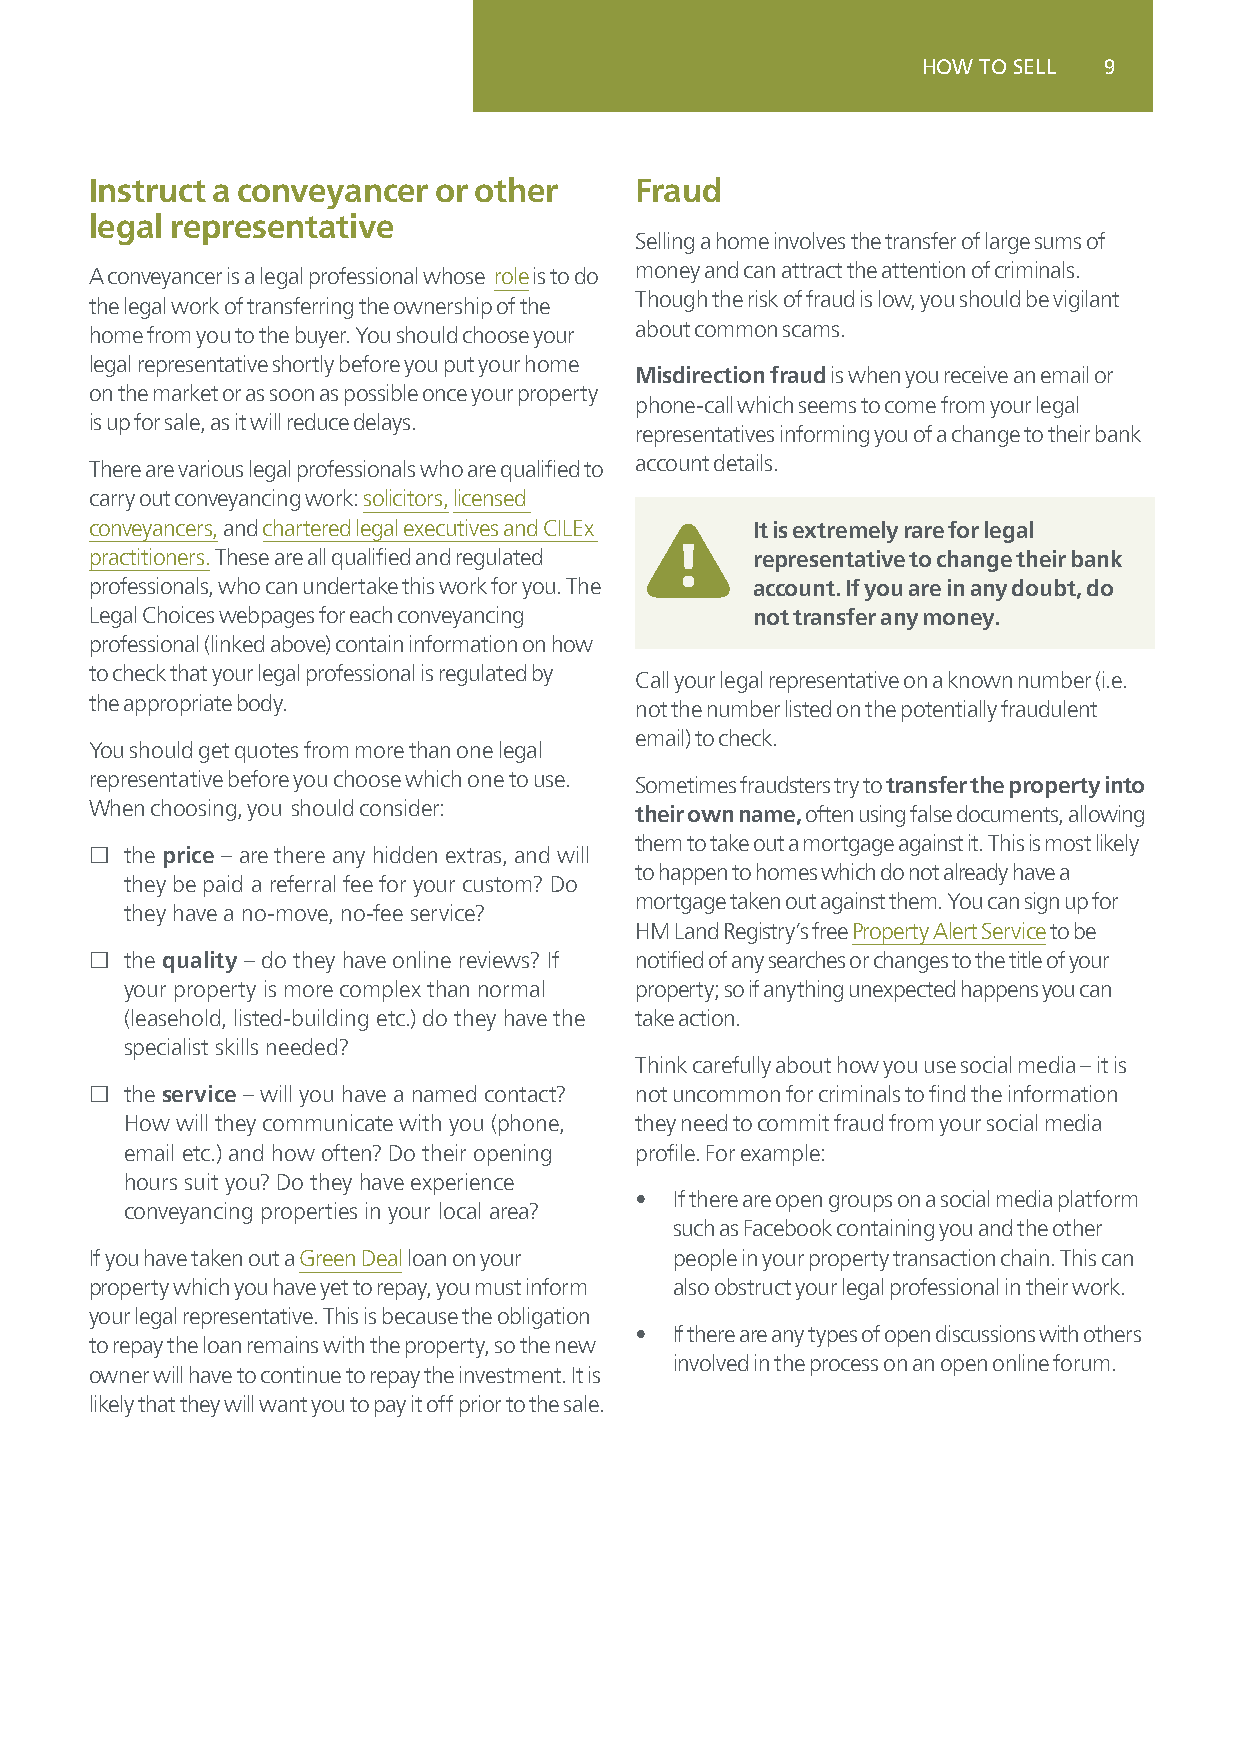
HOW TO SELL 9
 Instruct a conveyancer or other     Fraud
 legal representative
 Selling a home involves the transfer of large sums of
 A conveyancer is a legal professional whose role is to do money and can attract the attention of criminals.
 the legal work of transferring the ownership of the Though the risk of fraud is low, you should be vigilant
 home from you to the buyer. You should choose your about common scams.
 legal representative shortly before you put your home
 Misdirection fraud is when you receive an email or
 on the market or as soon as possible once your property
 phone-call which seems to come from your legal
 is up for sale, as it will reduce delays.
 representatives informing you of a change to their bank
 There are various legal professionals who are qualified to account details.
 carry out conveyancing work: solicitors, licensed
 conveyancers, and chartered legal executives and CILEx It is extremely rare for legal
 practitioners. These are all qualified and regulated representative to change their bank
 professionals, who can undertake this work for you. The account. If you are in any doubt, do
 Legal Choices webpages for each conveyancing not transfer any money.
 professional (linked above) contain information on how
 to check that your legal professional is regulated by Call your legal representative on a known number (i.e.
 the appropriate body.               not the number listed on the potentially fraudulent
 email) to check.
 You should get quotes from more than one legal
 representative before you choose which one to use. Sometimes fraudsters try to transfer the property into
 When choosing, you should consider: their own name, often using false documents, allowing
 them to take out a mortgage against it. This is most likely
 £ the price – are there any hidden extras, and will
 to happen to homes which do not already have a
 they be paid a referral fee for your custom? Do
 mortgage taken out against them. You can sign up for
 they have a no-move, no-fee service?
 HM Land Registry’s free Property Alert Service to be
 £ the quality – do they have online reviews? If notified of any searches or changes to the title of your
 your property is more complex than normal property; so if anything unexpected happens you can
 (leasehold, listed-building etc.) do they have the take action.
 specialist skills needed?
 Think carefully about how you use social media – it is
 £ the service – will you have a named contact? not uncommon for criminals to find the information
 How will they communicate with you (phone, they need to commit fraud from your social media
 email etc.) and how often? Do their opening profile. For example:
 hours suit you? Do they have experience
 •  If there are open groups on a social media platform
 conveyancing properties in your local area?
 such as Facebook containing you and the other
 If you have taken out a Green Deal loan on your people in your property transaction chain. This can
 property which you have yet to repay, you must inform also obstruct your legal professional in their work.
 your legal representative. This is because the obligation
 •  If there are any types of open discussions with others
 to repay the loan remains with the property, so the new
 involved in the process on an open online forum.
 owner will have to continue to repay the investment. It is
 likely that they will want you to pay it off prior to the sale.